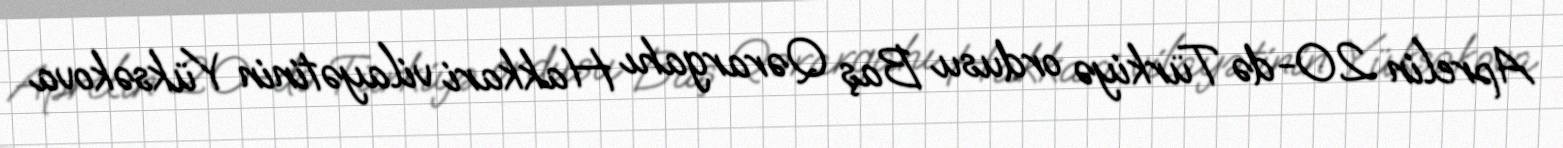
Aprelin 20-də Türkiyə ordusu Baş Qərargahı Hakkari vilayətinin Yüksəkova